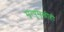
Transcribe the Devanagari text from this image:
मृत्युमुखीही